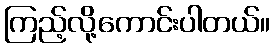
ကြည့်လို့ကောင်းပါတယ်။